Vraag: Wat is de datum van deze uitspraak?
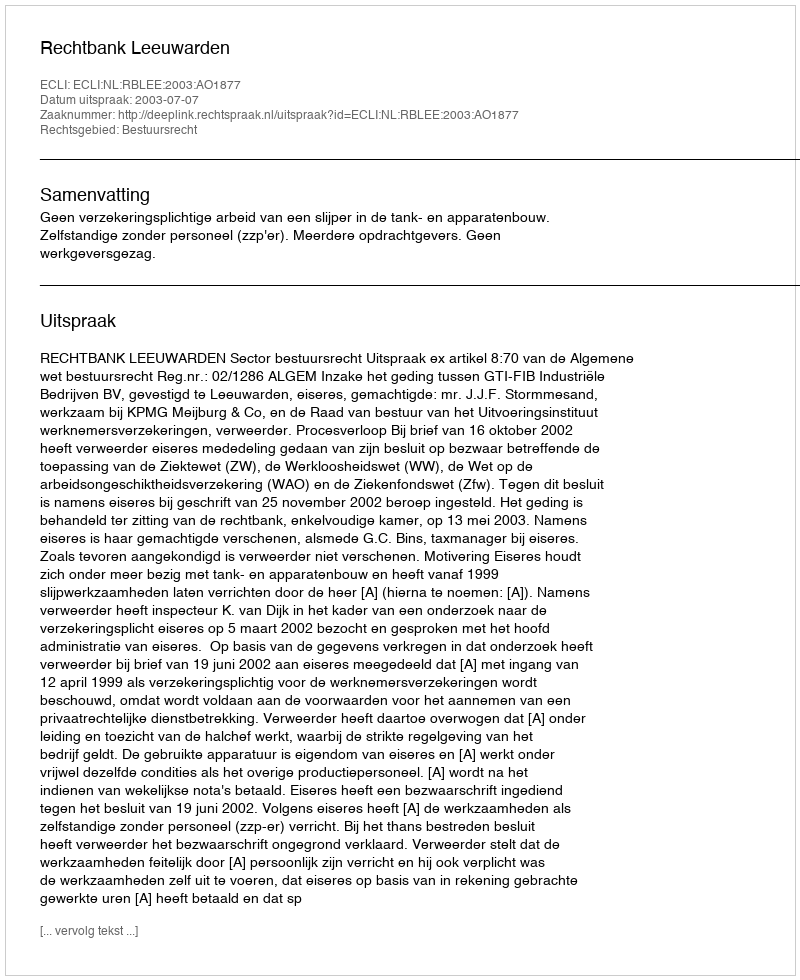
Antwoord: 2003-07-07